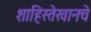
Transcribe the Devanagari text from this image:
शाहिस्तेखानचे